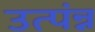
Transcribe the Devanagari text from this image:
उत्पंन्न